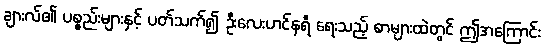
ချားလ်၏ ပစ္စည်းများနှင့် ပတ်သက်၍ ဦးလေးဟင်နရီ ရေးသည့် စာများထဲတွင် ဤအကြောင်း